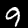
Digit: 9